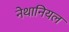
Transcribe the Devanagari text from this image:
नेथानियल